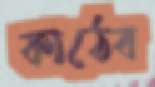
কাঠেব